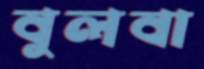
বুলবা